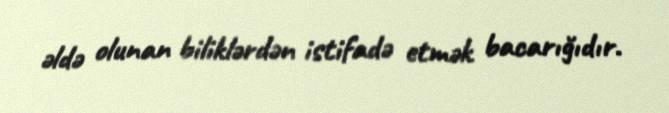
əldə olunan biliklərdən istifadə etmək bacarığıdır.